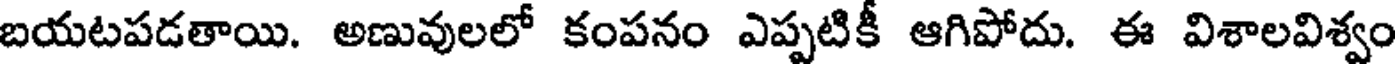
బయటపడతాయి. అణువులలో కంపనం ఎప్పటికీ ఆగిపోదు. ఈ విశాలవిశ్వం